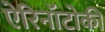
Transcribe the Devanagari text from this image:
ऐरिनॉटोकी